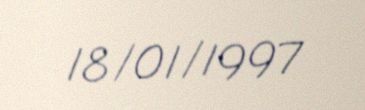
18/01/1997